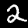
Digit: 2